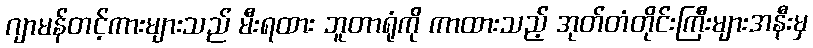
ဂျာမန်တင့်ကားများသည် မီးရထား ဘူတာရုံကို ကာထားသည့် အုတ်တံတိုင်းကြီးများအနီးမှ